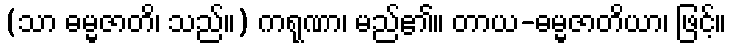
(သာ ဓမ္မဇာတိ၊ သည်။) ကရုဏာ၊ မည်၏။ တာယ-ဓမ္မဇာတိယာ၊ ဖြင့်။